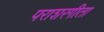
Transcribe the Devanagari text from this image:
पराशरगीता